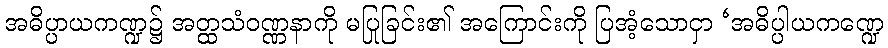
အဓိပ္ပာယကဏ္ဍ၌ အတ္ထသံဝဏ္ဏနာကို မပြုခြင်း၏ အကြောင်းကို ပြအံ့သောငှာ ‘အဓိပ္ပါယကဏ္ဍေ